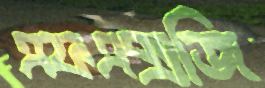
এফএক্সজি